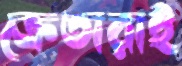
ক্রেতারাই